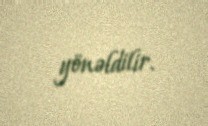
yönəldilir.